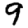
Digit: 9